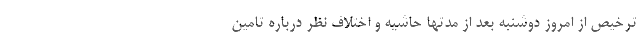
ترخیص از امروز دوشنبه بعد از مدتها حاشیه و اختلاف نظر درباره تامین